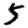
Digit: 5